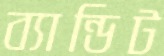
ব্যান্ডিট